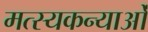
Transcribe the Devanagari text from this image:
मत्स्यकन्याओं